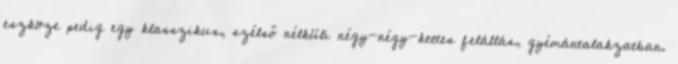
eszköze pedig egy klasszikus, szélső nélküli négy-négy-kettes felállás, gyémántalakzatban.